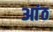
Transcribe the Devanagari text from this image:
आंठ